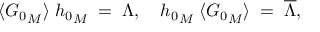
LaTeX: \langle { G _ { 0 } } _ { M } \rangle \; { h _ { 0 } } _ { M } \; = \; \Lambda , \quad { h _ { 0 } } _ { M } \; \langle { G _ { 0 } } _ { M } \rangle \; = \; \overline { { \Lambda } } ,